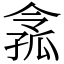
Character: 𡦈